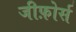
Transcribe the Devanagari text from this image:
जीफ़ोर्स